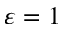
\varepsilon = 1